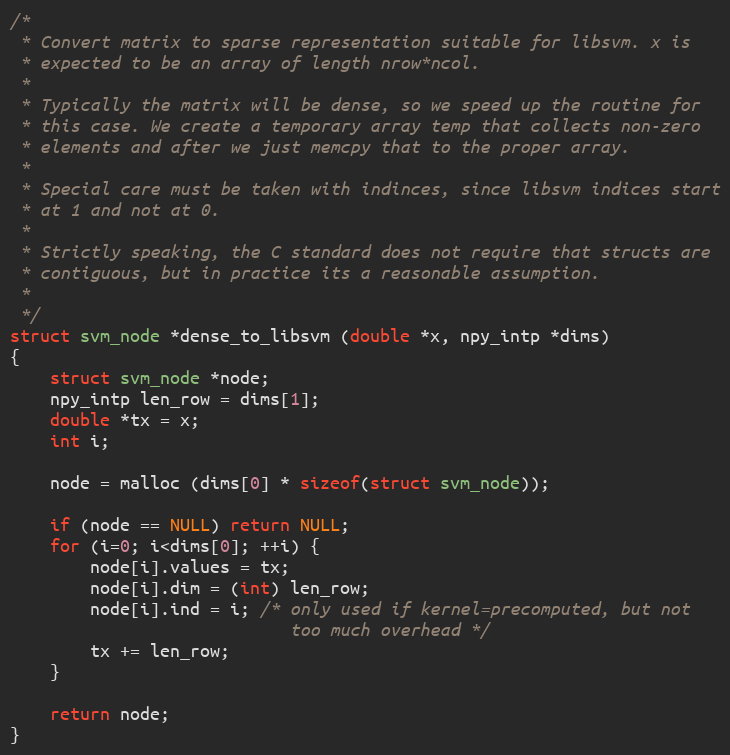
Language: C
/*
 * Convert matrix to sparse representation suitable for libsvm. x is
 * expected to be an array of length nrow*ncol.
 *
 * Typically the matrix will be dense, so we speed up the routine for
 * this case. We create a temporary array temp that collects non-zero
 * elements and after we just memcpy that to the proper array.
 *
 * Special care must be taken with indinces, since libsvm indices start
 * at 1 and not at 0.
 *
 * Strictly speaking, the C standard does not require that structs are
 * contiguous, but in practice its a reasonable assumption.
 *
 */
struct svm_node *dense_to_libsvm (double *x, npy_intp *dims)
{
    struct svm_node *node;
    npy_intp len_row = dims[1];
    double *tx = x;
    int i;

    node = malloc (dims[0] * sizeof(struct svm_node));

    if (node == NULL) return NULL;
    for (i=0; i<dims[0]; ++i) {
        node[i].values = tx;
        node[i].dim = (int) len_row;
        node[i].ind = i; /* only used if kernel=precomputed, but not
                            too much overhead */
        tx += len_row;
    }

    return node;
}